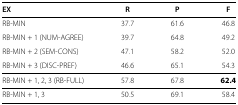
<table><thead><tr><td><b>EX</b></td><td><b>R</b></td><td><b>P</b></td><td><b>F</b></td></tr></thead><tbody><tr><td>RB-MIN</td><td>37.7</td><td>61.6</td><td>46.8</td></tr><tr><td>RB-MIN + 1 (NUM-AGREE)</td><td>39.7</td><td>64.8</td><td>49.2</td></tr><tr><td>RB-MIN + 2 (SEM-CONS)</td><td>47.1</td><td>58.2</td><td>52.0</td></tr><tr><td>RB-MIN + 3 (DISC-PREF)</td><td>46.6</td><td>65.1</td><td>54.3</td></tr><tr><td>RB-MIN + 1, 2, 3 (RB-FULL)</td><td>57.8</td><td>67.8</td><td><b>62.4</b></td></tr><tr><td>RB-MIN + 1, 3</td><td>50.5</td><td>69.1</td><td>58.4</td></tr></tbody></table>